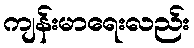
ကျန်းမာရေးလည်း